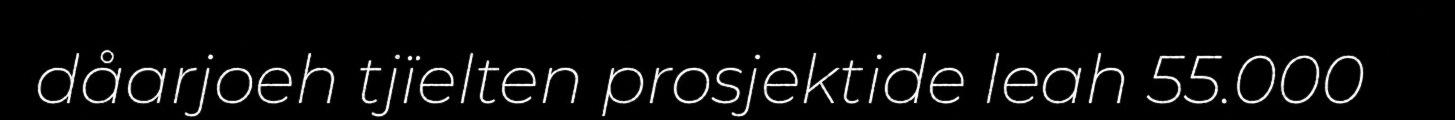
dåarjoeh tjïelten prosjektide leah 55.000